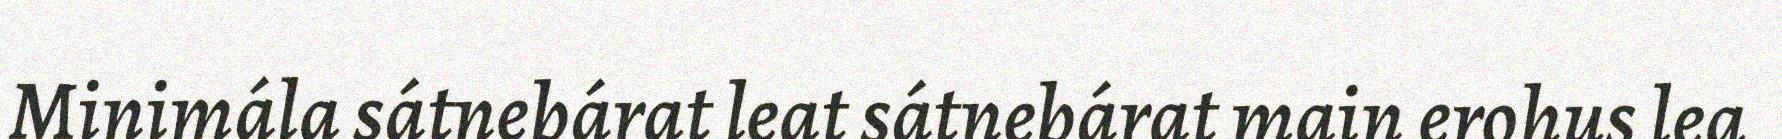
Minimála sátnebárat leat sátnebárat main erohus lea